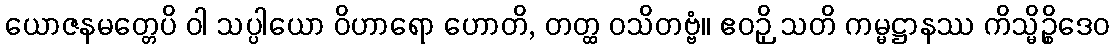
ယောဇနမတ္တေပိ ဝါ သပ္ပါယော ဝိဟာရော ဟောတိ, တတ္ထ ဝသိတဗ္ဗံ။ ဧဝဉှိ သတိ ကမ္မဋ္ဌာနဿ ကိသ္မိဉ္စိဒေဝ